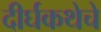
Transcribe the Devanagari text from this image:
दीर्घकथेचे